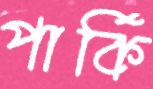
পার্কি